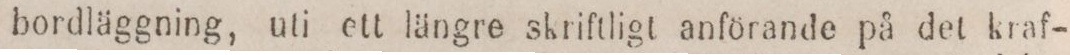
bordläggning, uti ett längre skriftligt anförande på det kraf-